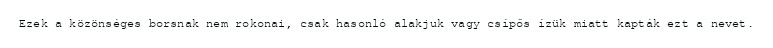
Ezek a közönséges borsnak nem rokonai, csak hasonló alakjuk vagy csípős ízük miatt kapták ezt a nevet.